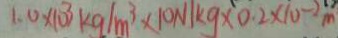
1 . 0 \times 1 0 ^ { 3 } k g / m ^ { 3 } \times 1 0 N / k g \times 0 . 2 \times 1 0 ^ { - 2 } m